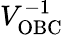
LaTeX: V_{\mathrm{OBC}}^{-1}